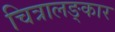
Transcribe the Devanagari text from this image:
चित्रालङ्कार